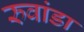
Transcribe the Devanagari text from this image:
रुवांडा